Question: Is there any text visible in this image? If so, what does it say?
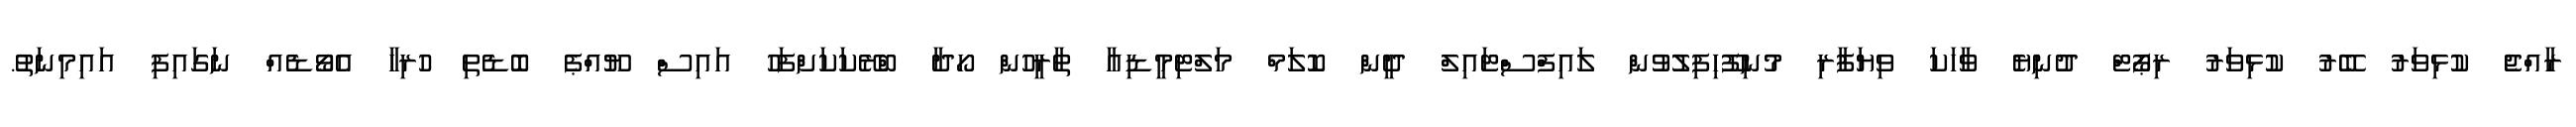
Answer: ރާއްޖެ ކުޅިވަރު ބޭރު ކުޅިވަރު ރިޕޯޓް ދުނިޔެ ވާހަކަ ވިޔަފާރި މުނިފޫހިފިލުވުން ލައިފްސްޓައިލް ދީން ކޮލަމް މަލްޓިމީޑިއާ ތާރީހުން ހޯދާ ބްރޭކަކަށްފަހު އައިސް ޔޫއްޕެ ބޮޑެތި ހުރިހާ އެވޯޑެއް ނަގައިފި އައިމިނަތު.